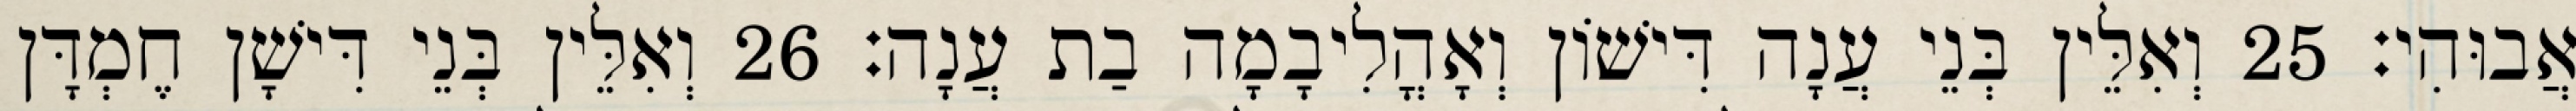
אֲבוּהִי׃ 25 וְאִלֵּין בְּנֵי עֲנָה דִּישׁוֹן וְאָהֳלִיבָמָה בַת עֲנָה׃ 26 וְאִלֵּין בְּנֵי דִּישָׁן חֶמְדָּן